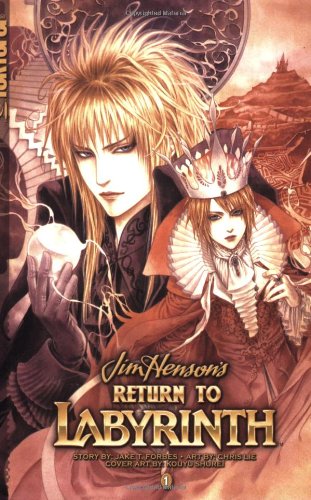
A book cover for Return to Labyrinth Volume 1 (v. 1); Jake T. Forbes; Teen & Young Adult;